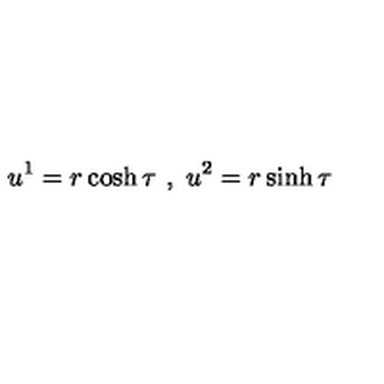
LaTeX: u ^ { 1 } = r \cosh \tau \ , \ u ^ { 2 } = r \sinh \tau